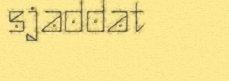
sjaddat